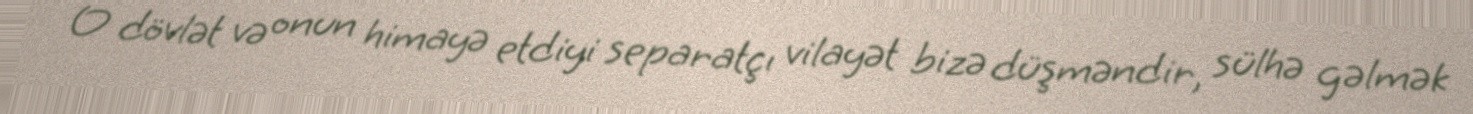
O dövlət və onun himayə etdiyi separatçı vilayət bizə düşməndir, sülhə gəlmək